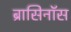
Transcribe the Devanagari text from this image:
ब्रासिनॉस